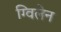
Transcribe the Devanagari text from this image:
ग्विलेन